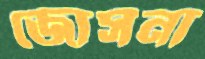
জোসনা